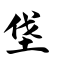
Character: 垡